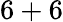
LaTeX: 6+6